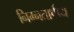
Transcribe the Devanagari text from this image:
निम्नतापीय